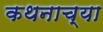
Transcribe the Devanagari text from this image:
कथनाच्या